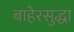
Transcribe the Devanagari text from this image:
बाहेरसुद्धा